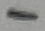
Text: 1